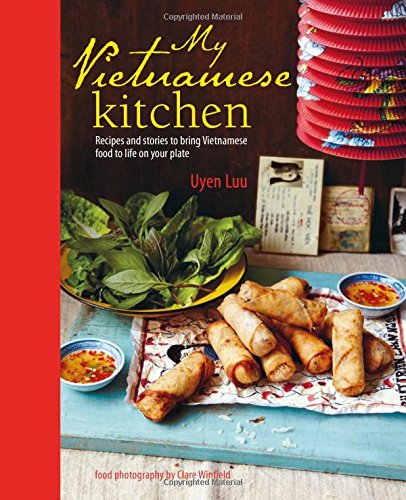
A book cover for My Vietnamese Kitchen: Recipes and Stories to Bring Vietnamese Food to Life on Your Plate; Uyen Luu; Cookbooks, Food & Wine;